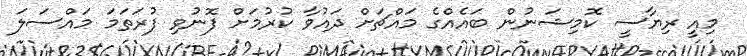
މިއީ ރިޔާސީ ކޮމިޝަނުން ބައެއްގެ މައްޗަށް ދައުވާ ކުރުމަށް ފޮނުވި ފުރަތަމަ މައްސަލަ